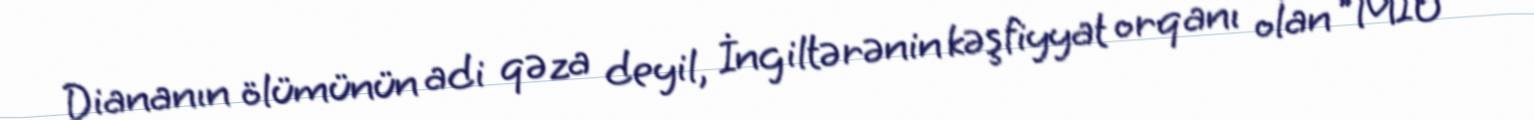
Diananın ölümünün adi qəza deyil, İngiltərənin kəşfiyyat orqanı olan "MI6"